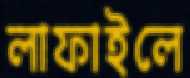
লাফাইলে